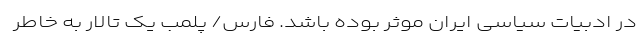
در ادبیات سیاسی ایران موثر بوده باشد. فارس/ پلمب یک تالار به خاطر